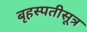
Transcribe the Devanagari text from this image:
बृहस्पतीसूत्र